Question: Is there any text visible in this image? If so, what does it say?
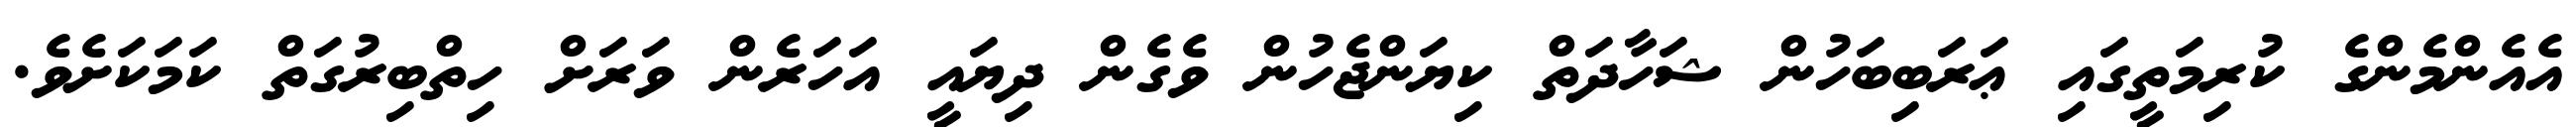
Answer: އެއެންމެންގެ ކުރިމަތީގައި ޢަރަބިބަހުން ޝަހާދަތް ކިޔަންޖެހުން ވެގެން ދިޔައީ އަހަރެން ވަރަށް ހިތްބިރުގަތް ކަމަކަށެވެ.